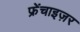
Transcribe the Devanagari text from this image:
फ्रेंचाइज़र